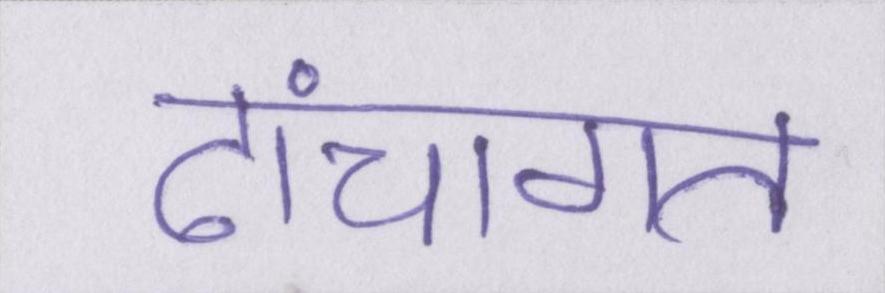
ढांचागत